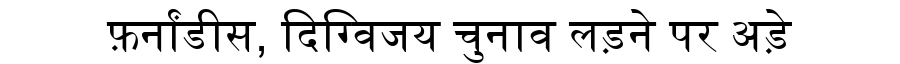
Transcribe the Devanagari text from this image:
फ़र्नांडीस, दिग्विजय चुनाव लड़ने पर अड़े